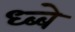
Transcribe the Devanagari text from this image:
ध्ब्बे